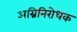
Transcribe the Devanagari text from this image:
अग्निनिरोधक